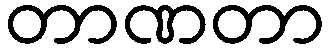
တာဏတာ